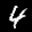
Label: 4